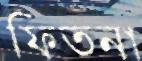
ফিতনা